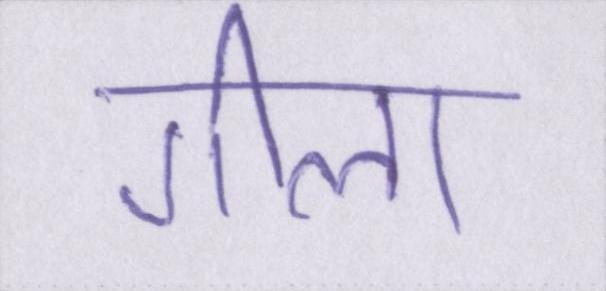
गीला